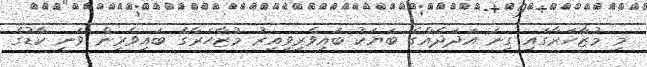
މި މުޒާހަރާގައި ގިނަ އަދަދެއްގެ ބަޔަކު ބައިވެރިވިއިރު މުޒާހަރާގެ ބައިވެރިން ވަނީ ކާޑުގެ